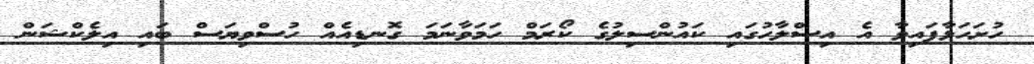
ހުށަހަޅާފައިވާ އެ އިސްލާހުގައި ކައުންސިލުގެ ކޯރަމް ހަމަވާނަމަ ގޮނޑިއެއް ހުސްވިޔަސް ބައި އިލެކްޝަން